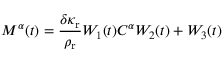
M ^ { \alpha } ( t ) = \frac { \delta \kappa _ { \mathrm { r } } } { \rho _ { \mathrm { r } } } W _ { 1 } ( t ) C ^ { \alpha } W _ { 2 } ( t ) + W _ { 3 } ( t )